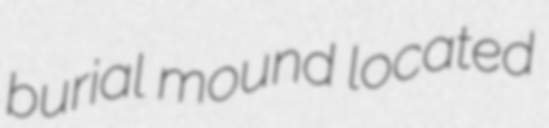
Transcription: burial mound located